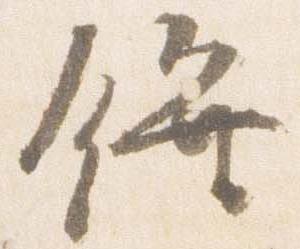
饌